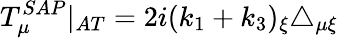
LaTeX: T_{\mu}^{SAP}|_{AT}=2i(k_{1}+k_{3})_{\xi}\triangle_{\mu\xi}